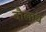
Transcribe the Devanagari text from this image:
दौलाचे